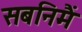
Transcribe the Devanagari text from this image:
सबनिमैं